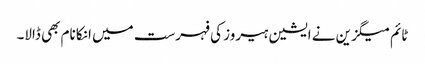
ٹائم میگزین نے ایشین ہیروز کی فہرست میں انکا نام بھی ڈالا۔